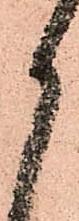
御